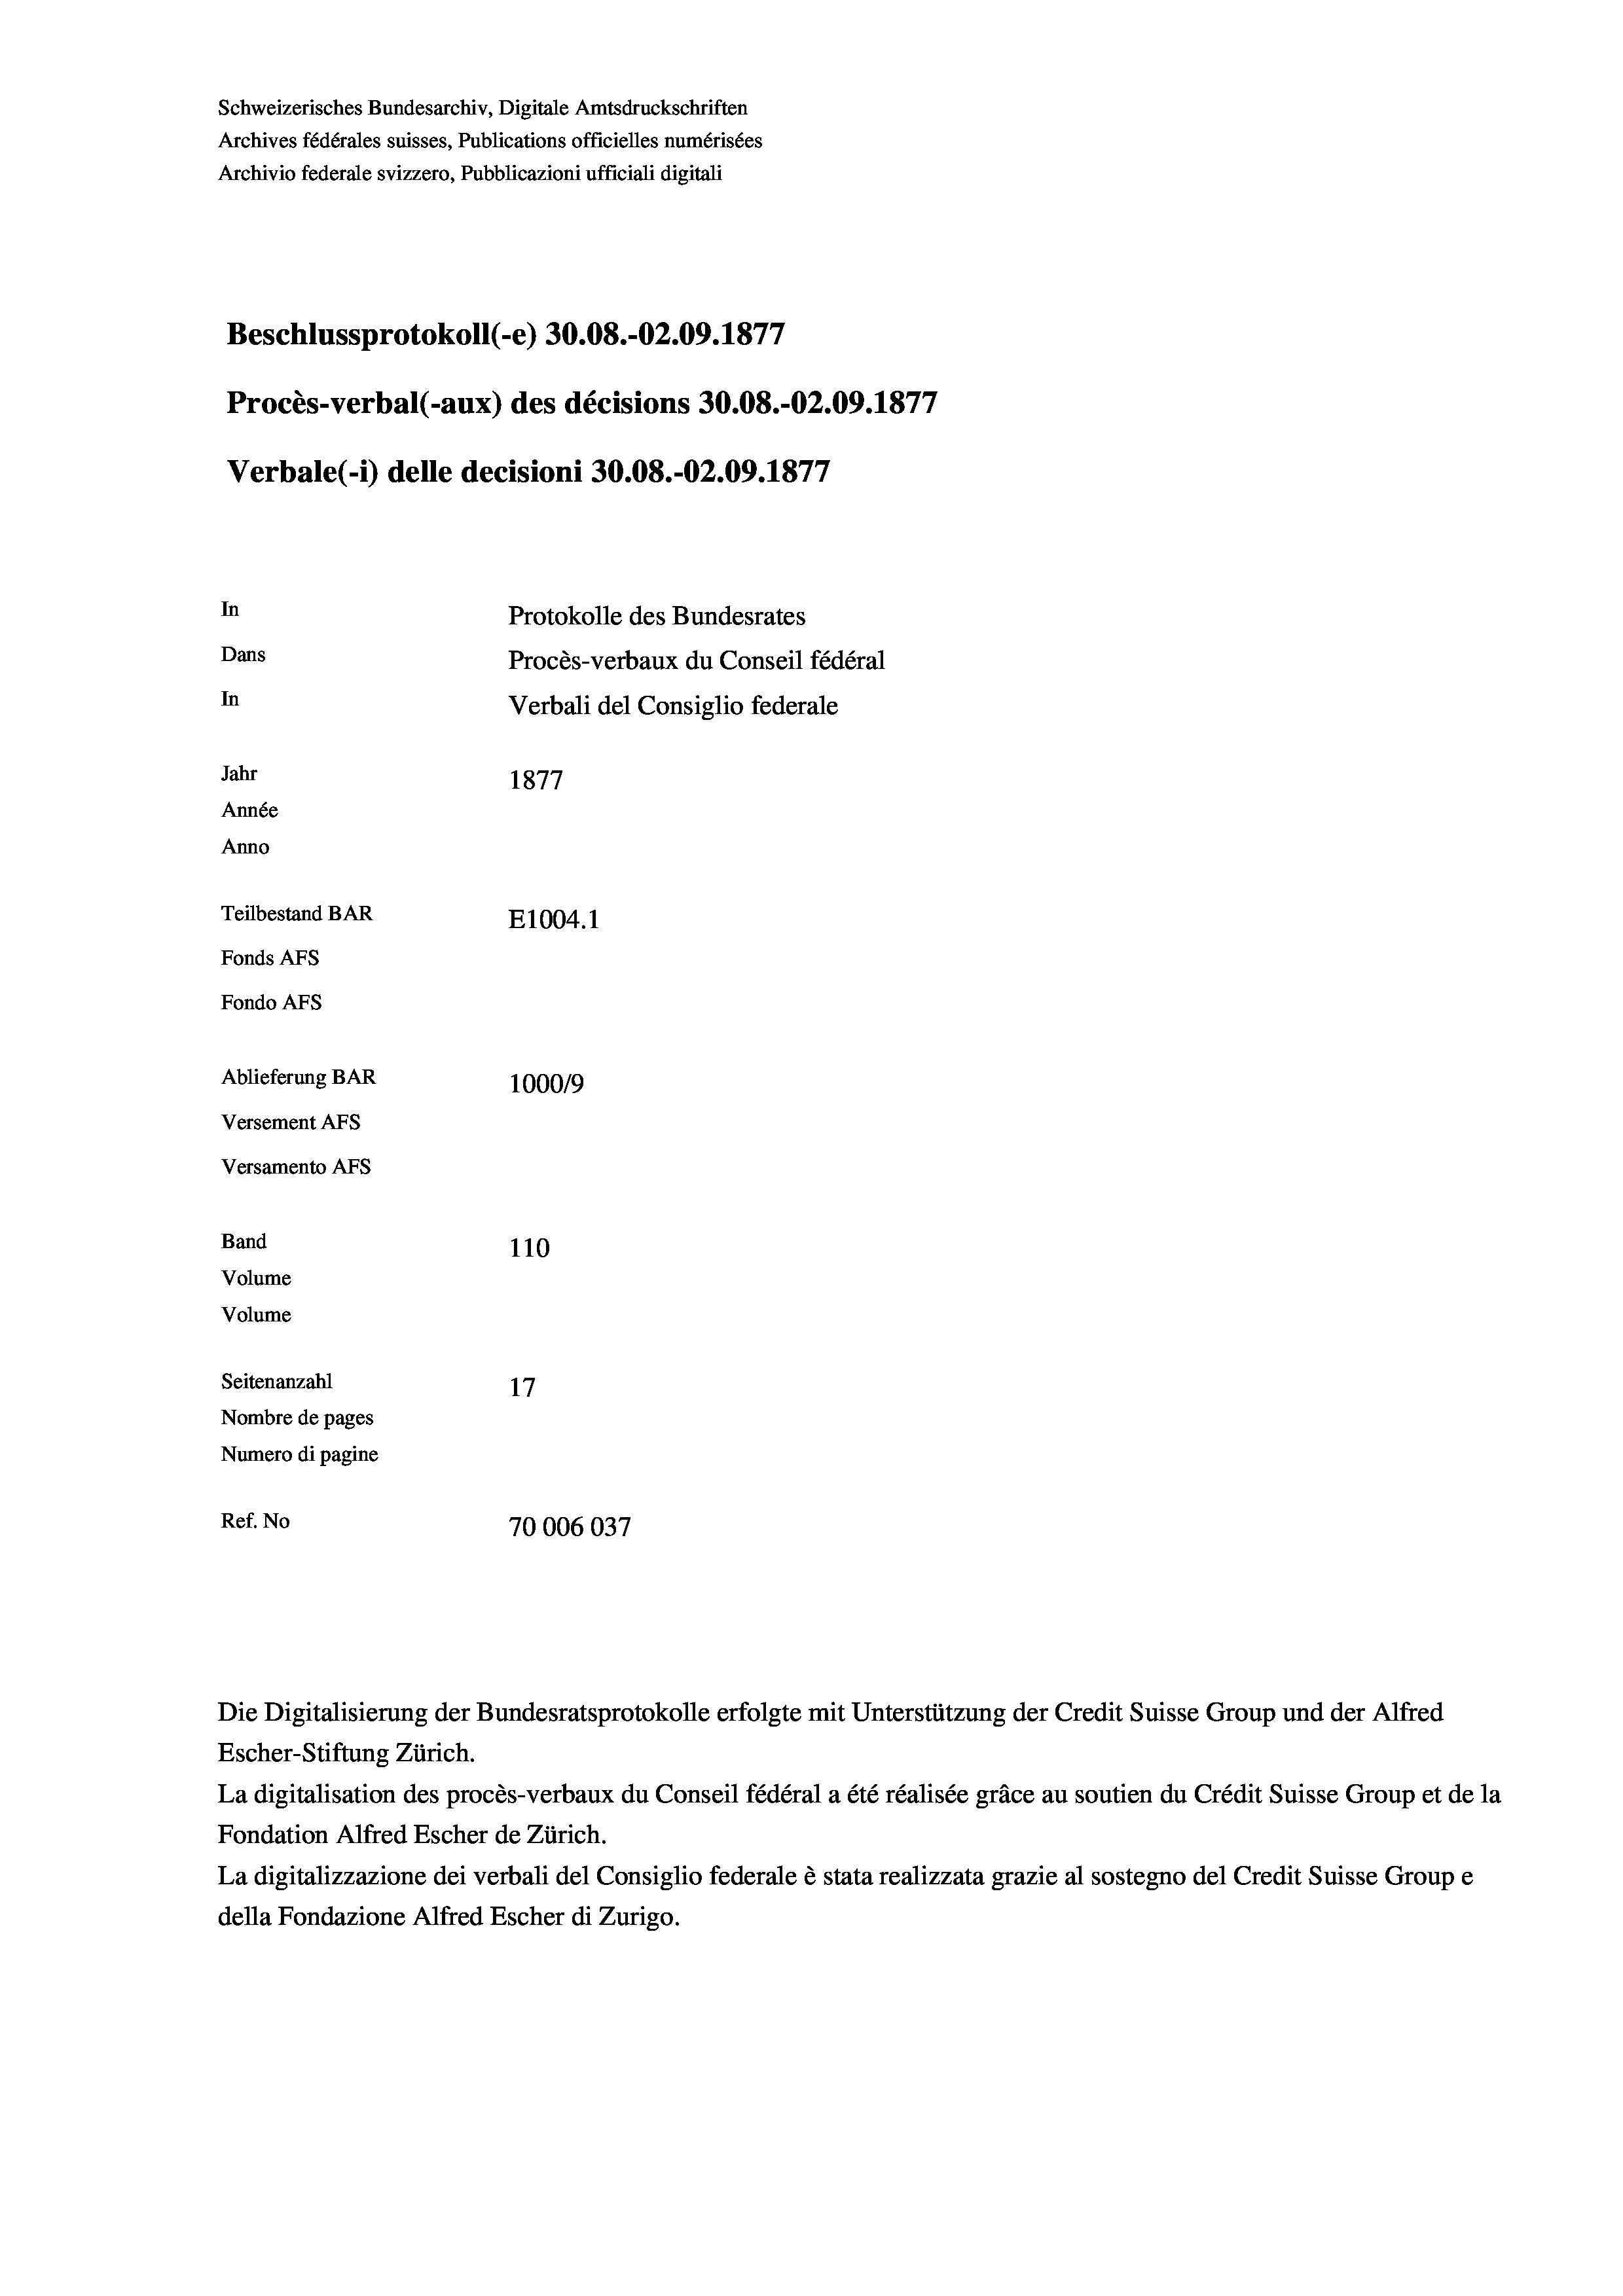
Schweizerisches Bundesarchiv, Digitale Amtsdruckschriften
Archives fédérales suisses, Publications officielles numérisées
Archivio federale svizzero, Pubblicazioni ufficiali digitali
e
Beschlussprotokoll (-e) 30.08.-02.09. 1877
Procès-verbal (-aux) des décisions 30.08.-02.09. 1877
Verbale (- 1) delle decisioni 30.08.-02.09. 1877
In
Protokolle des Bundesrates
Dans
Procès-verbaux du Conseil fédéral
In
Verbali del Consiglio federale
Jahr
1877
Année
Anno
Teilbestand BAR
E1004.1
Fonds AFs
Fondo AFs
Ablieferung BAR
100019
Versement AFs
Versamento AFs
Band
110
Volume
Volume

Seitenanzahl
17
Nombre de pages
Numero di pagine
Ref. No
70006037

Escher-Stiftung Zürich.
La digitalisation des procès-verbaux du Conseil fédéral a été réalisée gräce au soutien du Crédit Suisse Group et de la
Fondation Alfred Escher de Zürich.
La digitalizzazione dei verbali del Consiglio federale è stata realizzata grazie al sostegno del Credit Suisse Groupe
della Fondazione Alfred Escher di Zurigo.

Die Digitalisierung der Bundesratsprotokolle erfolgte mit Unterstützung der Credit Suisse Group und der Alfred